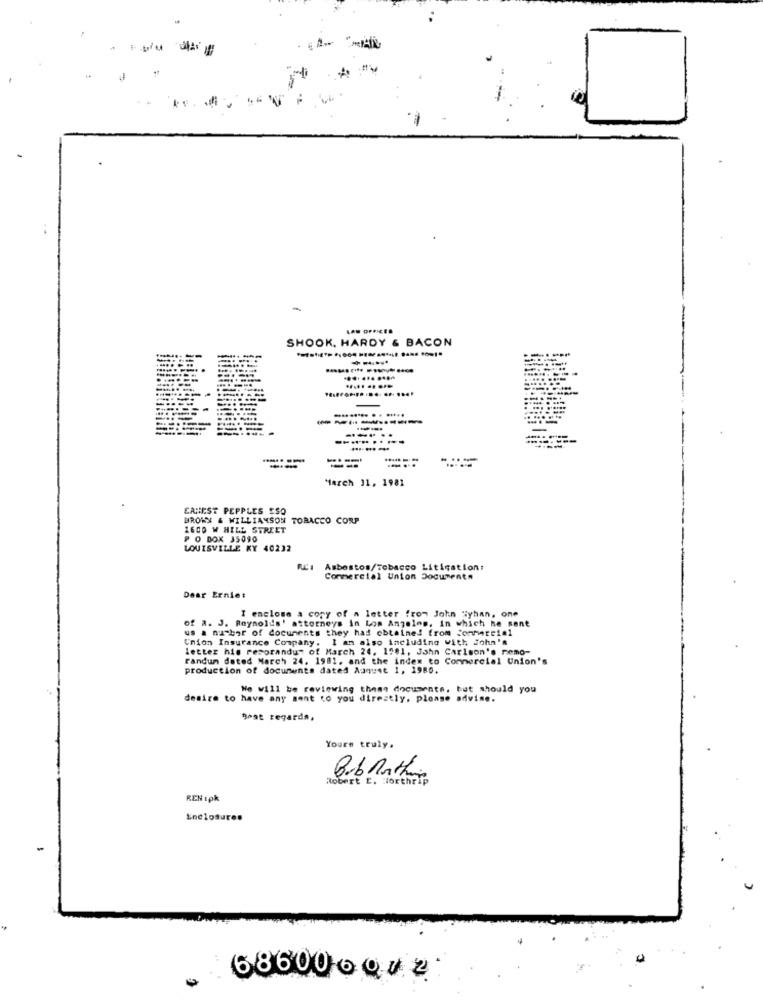
SHOOK, HARDY & BACON
--...
.......
------
-........
-....
..... .....
----
-----
........ .. .....
-------
--. ..
----....
--....
.....
---
March 31, 1981
EANEST PEPPLES ESO
BROWN & WILLIAMSON TOBACCO CORP
1600 W HILL STREET
P O BOX 35090
LOUISVILLE KY 40232
RC: Asbestos/Tobacco Litigation:
Commercial Union Documents
Dear Erniet
I enclose a copy of a letter from John "yhan, one
us a nu-bor of documents they had obtained from Commercial
of a. J. Reynolds' attorneys in Los Angeles, in which he sent
Union Insurance Company. I an also including with John's
letter his resorandus of March 24. 1981, John Carlson's nemo-
randun dated March 24. 1981, and the index to Commercial Union's
production of documents dated August 1, 1980.
No will be reviewing themy documents, but should you
desire to have any sent to you directly, please advise.
Best regards,
Yours truly.
Robert E. Worthrip
Bob nothing
REN :pk
Enclosures
68600.002